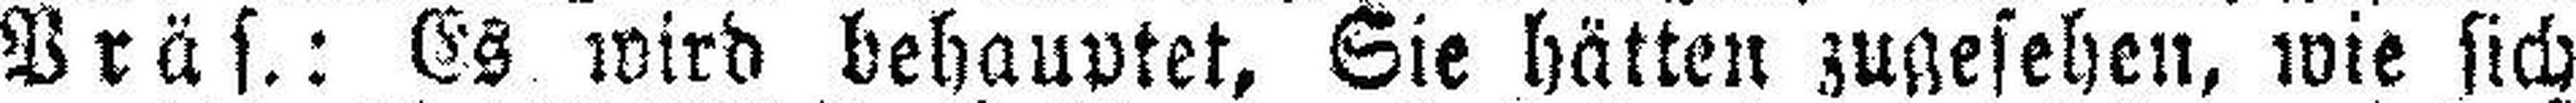
Präs.: Es wird behauptet. Sie hätten zugesehen, wie sich